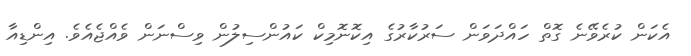
އެކަން ކުރެވޭނެ ގޮތް ހައްދަވަން ސަރުކާރުގެ އިކޮނޮމިކް ކައުންސިލުން ވިސްނަން ވެއްޖެއެވެ. އިންޑިއާ